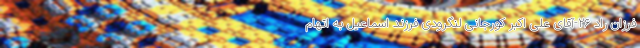
فرزان راد ۲۶-آقای علی اکبر کورجانی لنگرودی فرزند اسماعیل به اتهام